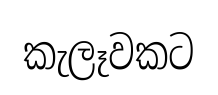
කැලෑවකට